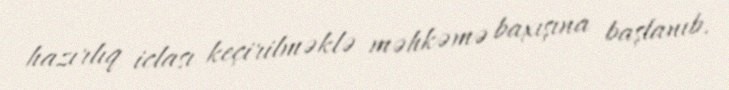
hazırlıq iclası keçirilməklə məhkəmə baxışına başlanıb.